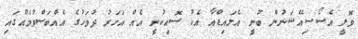
ވޮލީ އެސޯސިއޭޝަނުން ބުނީ އެލައިޑްއާ އެކު ސޮއިކުރީ އެއް އަހަރު ދުވަހުގެ އެއްބަސްވުމެއްގައި